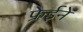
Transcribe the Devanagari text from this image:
फ्रेईने